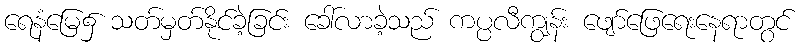
ရေနံမြေ၌ သတ်မှတ်နိုင်ခဲ့ခြင်း ခေါ်လာခဲ့သည် ကပ္ပလီကျွန်း ဖျော်ဖြေရေးနေရာတွင်